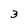
Character: 3